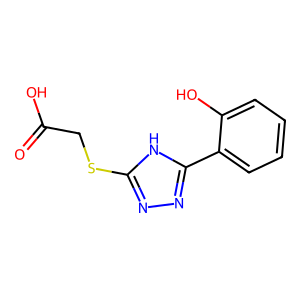
SMILES: O=C(O)CSc1nnc(-c2ccccc2O)[nH]1
Inhibits HIV replication: No